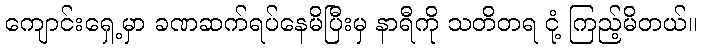
ကျောင်းရှေ့မှာ ခဏဆက်ရပ်နေမိပြီးမှ နာရီကို သတိတရ ငုံ့ ကြည့်မိတယ်။